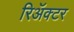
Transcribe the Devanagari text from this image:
रिॲक्टर